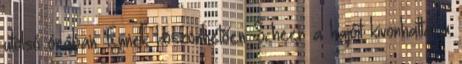
utolsó órában. Ennek köszönhetően Scheer a hajóit kivonhatta a